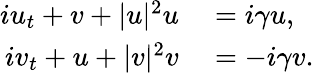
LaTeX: \begin{array}{rl}{iu_{t}+v+|u|^{2}u}&{{}=i\gamma u,}\\ {iv_{t}+u+|v|^{2}v}&{{}=-i\gamma v.}\end{array}